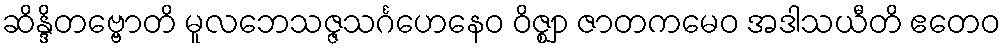
ဆိန္ဒိတဗ္ဗောတိ မူလဘေသဇ္ဇသင်္ဂဟေနေဝ ဝိဇ္ဈာ ဇာတကမေဝ အဒါသယီတိ ဧတေဝ